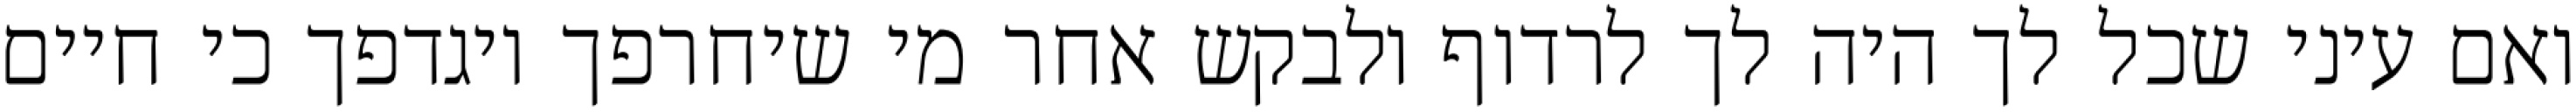
ואם עיני שכל לך היה לך לרדוף ולבקש אחר מי שיחרפך ויגדפך כי חיים